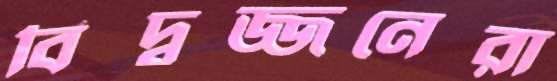
বিদ্বজ্জনেরা